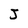
Character: J